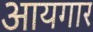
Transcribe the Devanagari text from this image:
आयगार